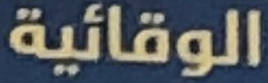
الوقائية